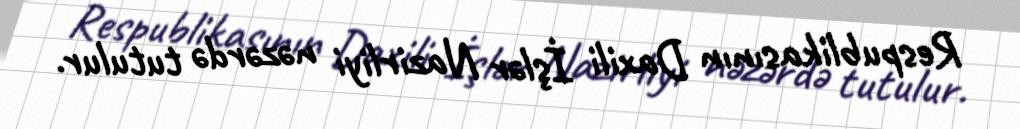
Respublikasının Daxili İşlər Nazirliyi nəzərdə tutulur.